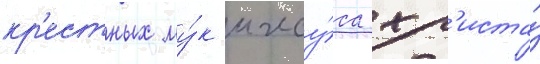
кр'естных му́к иису́са хр'иста́